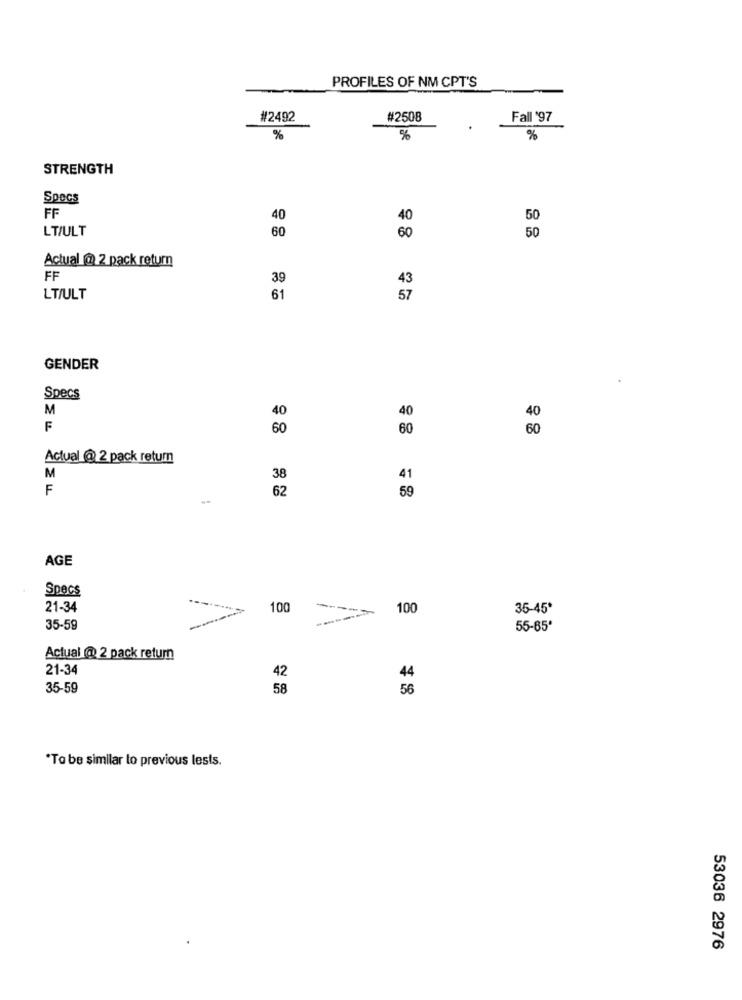
PROFILES OF NM CPT'S
#2492
#2508
Fall '97
%
%
%
STRENGTH
Specs
FF
40
40
50
LT/ULT
50
60
60
Actual @ 2 pack return
FF
39
43
LT/ULT
61
57
GENDER
Specs
M
40
40
F
60
60
60
Actual @ 2 pack return
M
38
41
F
59
62
AGE
Specs
21-34
100
---
100
35-45*
35-59
55-65*
Actual @ 2 pack return
21-34
42
44
35-59
58
56
*To be similar to previous lests.
53036 2976